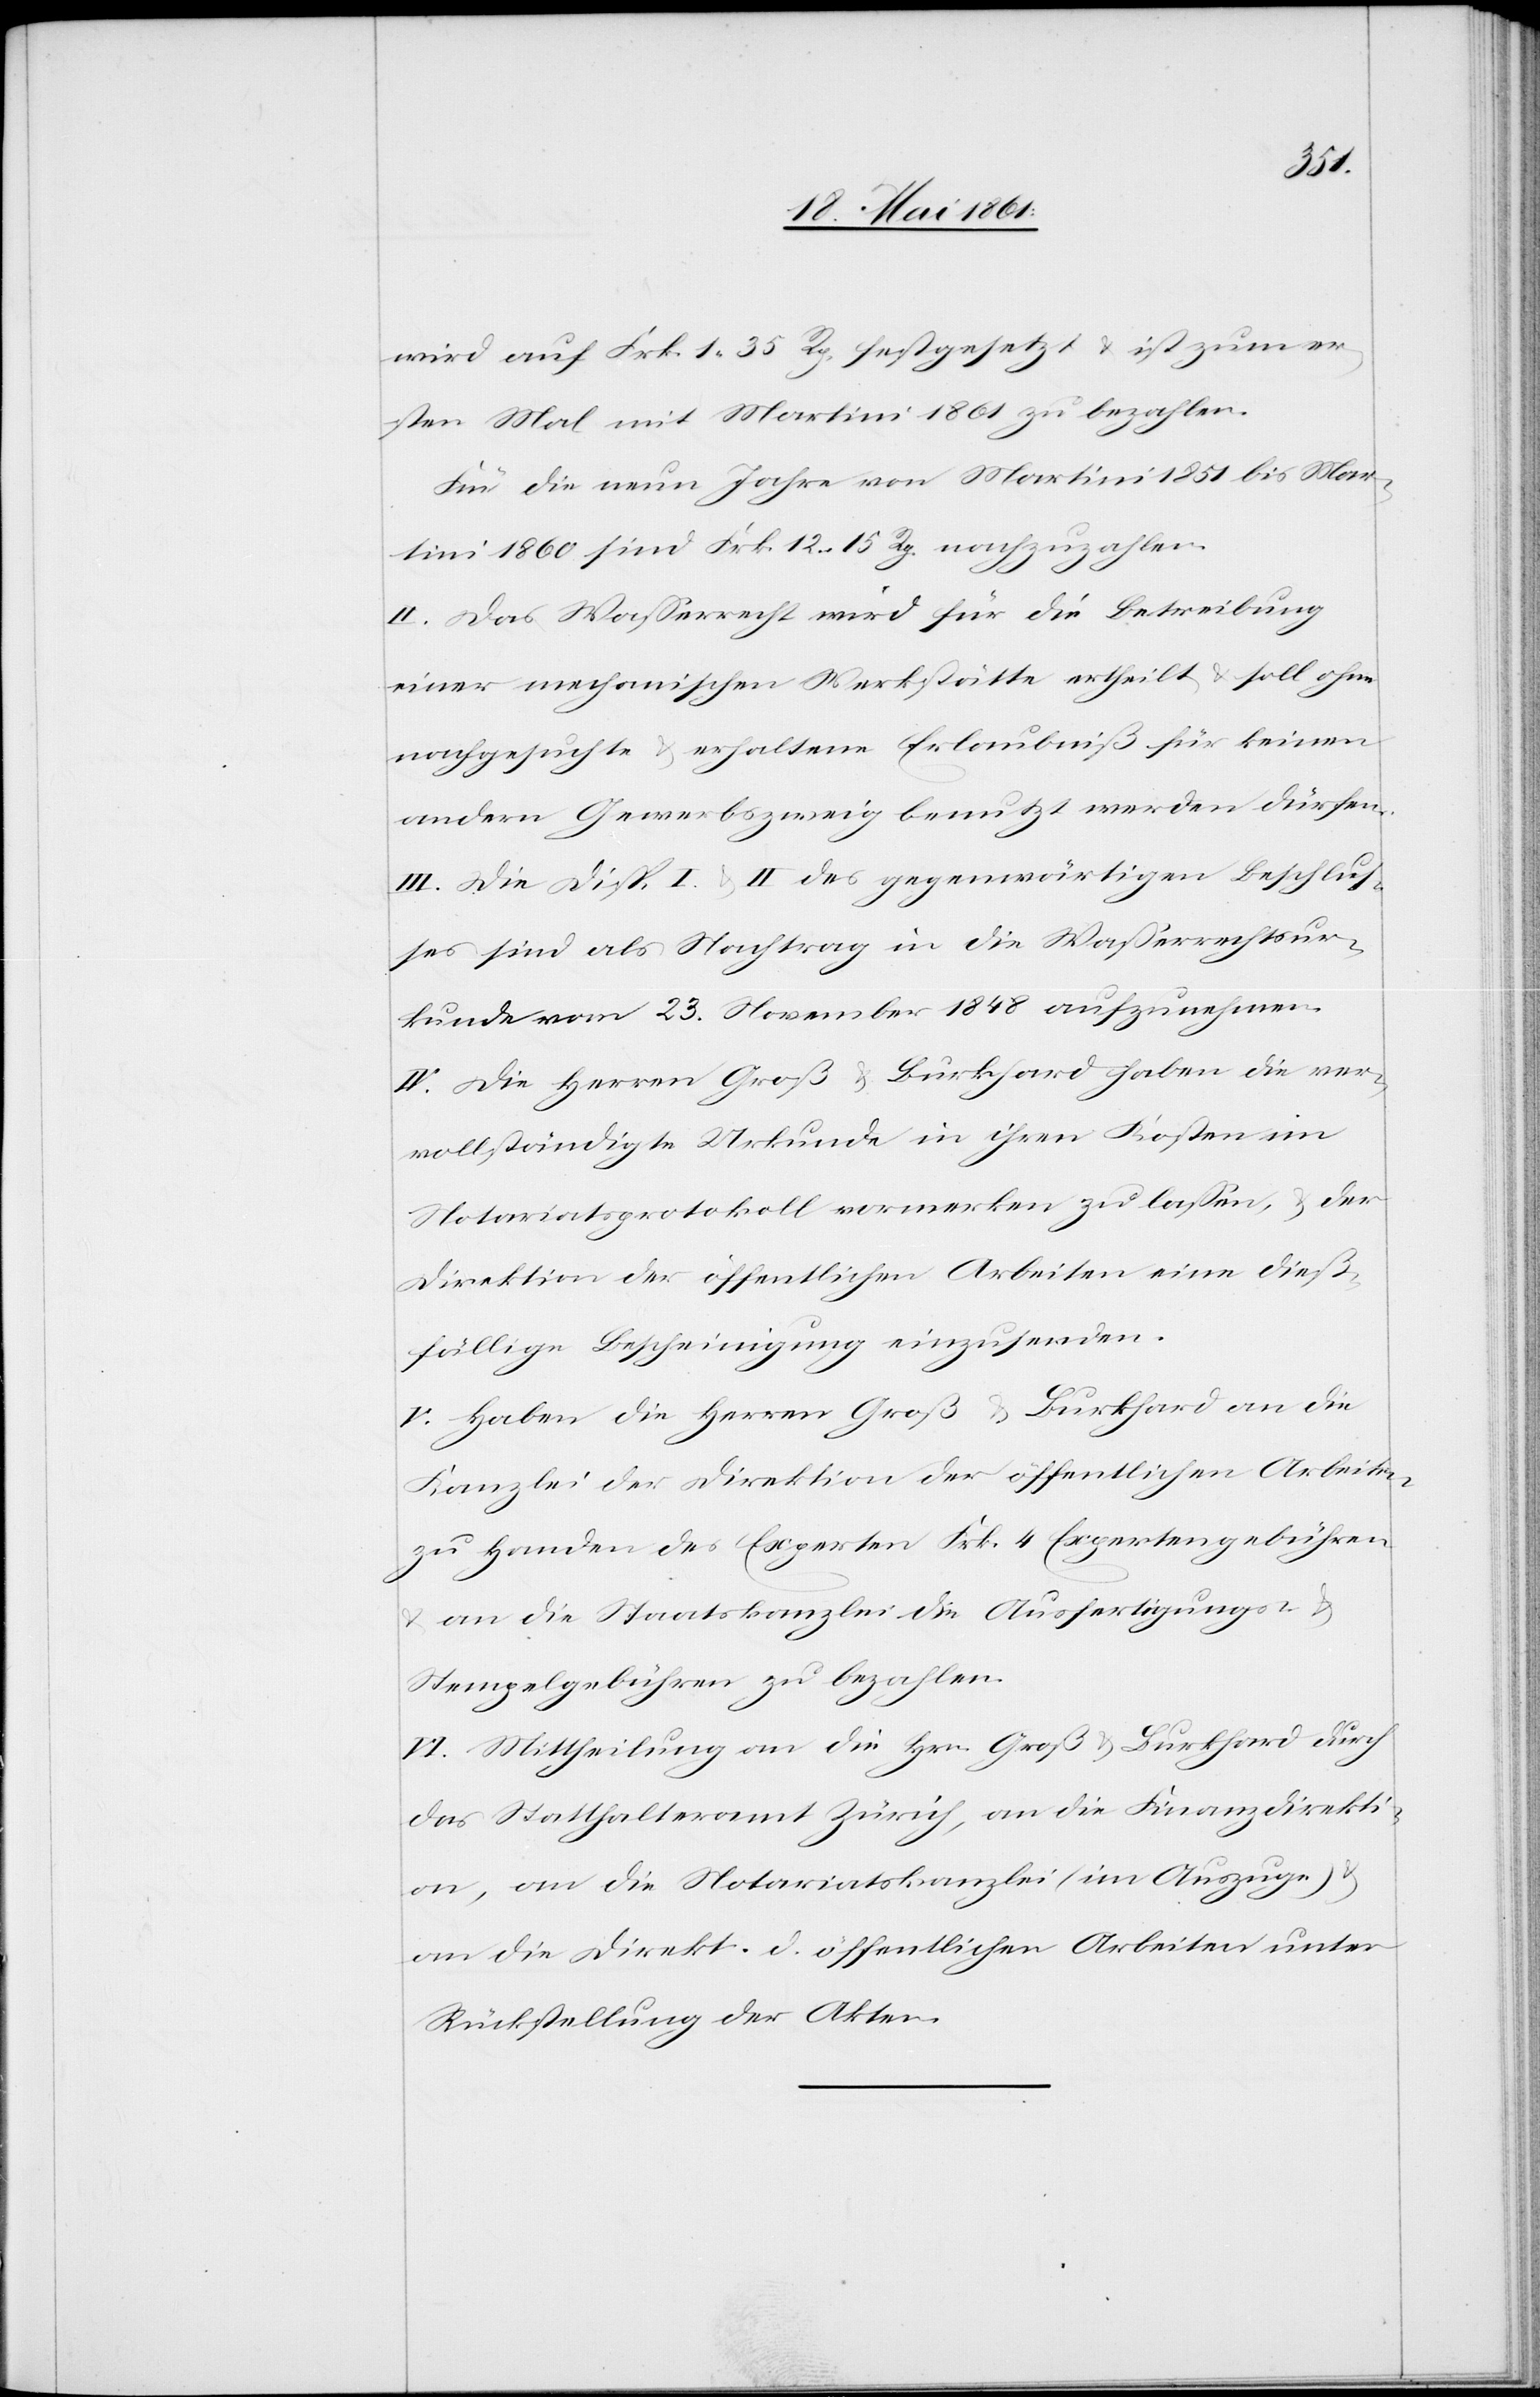
wird auf Frk. 1 35 Rp. festgesetzt u. ist zum er¬
sten Mal mit Martini 1861 zu bezahlen.
Für die neun Jahre von Martini 1851 bis Mar¬
tini 1860 sind Frk. 12 15 Rp. nachzuzahlen.
II. Das Wasserrecht wird für die Betreibung
einer mechanischen Werkstätte ertheilt u. soll ohne
nachgesuchte u. erhaltene Erlaubniß für keinen
andern Gewerbszweig benutzt werden dürfen.
III. Die Disp. I. u. II des gegenwärtigen Beschlus¬
ses sind als Nachtrag in die Wasserrechtsur¬
kunde vom 23. November 1848 aufzunehmen.
IV. Die Herren Groß u. Burkhard haben die ver¬
vollständigte Urkunde in ihren Kosten im
Notariatsprotokoll vormerken zu lassen, u. der
Direktion der öffentlichen Arbeiten eine dieß¬
fällige Bescheinigung einzusenden.
V. Haben die Herren Groß u. Burkhard an die
Kanzlei der Direktion der öffentlichen Arbeiten
zu Handen des Experten Frk. 4 Expertengebühren
u. an die Staatskanzlei die Ausfertigungs- u.
Stempelgebühren zu bezahlen.
VI. Mittheilung an die Hrn. Groß u. Burkhard durch
das Statthalteramt Zürich, an die Finanzdirekti¬
on, an die Notariatskanzlei (im Auszuge) u.
an die Direkt. d. öffentlichen Arbeiten unter
Rückstellung der Akten.